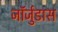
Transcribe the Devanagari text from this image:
जॉर्जुडास